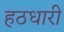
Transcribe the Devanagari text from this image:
हठधारी